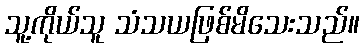
သူ့ကိုယ်သူ သံသယဖြစ်မိသေးသည်။